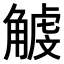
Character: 𧤥